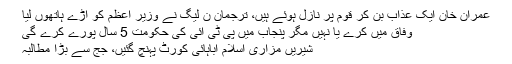
عمران خان ایک عذاب بن کر قوم پر نازل ہوئے ہیں، ترجمان ن لیگ نے وزیر اعظم کو آڑے ہاتھوں لیا
وفاق میں کرے یا نہیں مگر پنجاب میں پی ٹی آئی کی حکومت 5 سال پورے کرے گی
شیریں مزاری اسلام آباہائی کورٹ پہنچ گئیں، جج سے بڑا مطالبہ